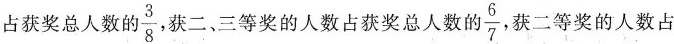
占获奖总人数的 \frac{3}{8} ，获二、三等奖的人数占获奖总人数的 \frac{6}{7} ，获二等奖的人数占